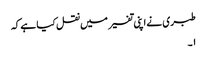
طبری نے اپنی تفسیر میں نقل کیا ہے کہ
۱۔